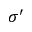
\sigma ^ { \prime }